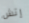
إتش